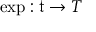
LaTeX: \exp : { \mathfrak { t } } \to T